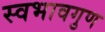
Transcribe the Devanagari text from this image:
स्वभावगुण